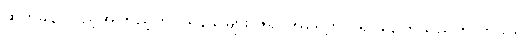
ဆတ်ခနဲ လှည့်အကြည့်တွင် ရန်သူများ ဇရပ်အရှေ့တွင် ရပ်နေကြသည်ကို ကိုသူရ